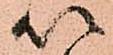
以